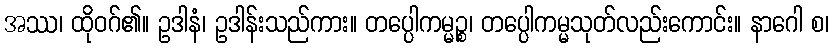
အဿ၊ ထိုဝဂ်၏။ ဥဒါနံ၊ ဥဒါန်းသည်ကား။ တပ္ပေါကမ္မဉ္စ၊ တပ္ပေါကမ္မသုတ်လည်းကောင်း။ နာဂေါ စ၊